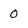
Character: 0